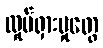
လှုပ်ရှားမှုတွေ